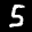
Label: 5